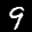
Label: 9